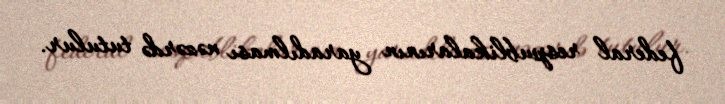
federal respublikalarının yaradılması nəzərdə tutulur.